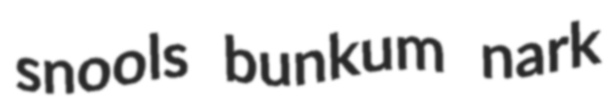
snools bunkum nark